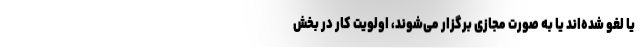
یا لغو شده‌اند یا به صورت مجازی برگزار می‌شوند، اولویت کار در بخش